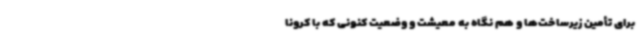
برای تأمین زیرساخت‌ها و هم نگاه به معیشت و وضعیت کنونی که با کرونا